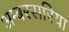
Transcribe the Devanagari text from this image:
अम्बरसरिया